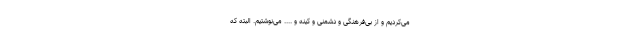
می‌کردیم و از بی‌فرهنگی و دشمنی و کینه و .... می‌نوشتیم. البته که